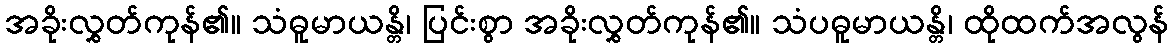
အခိုးလွှတ်ကုန်၏။ သံဓူမာယန္တိ၊ ပြင်းစွာ အခိုးလွှတ်ကုန်၏။ သံပဓူမာယန္တိ၊ ထိုထက်အလွန်